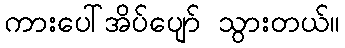
ကားပေါ်အိပ်ပျော် သွားတယ်။